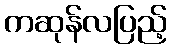
ကဆုန်လပြည့်